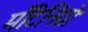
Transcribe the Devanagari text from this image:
मॉँटेनिग्रो